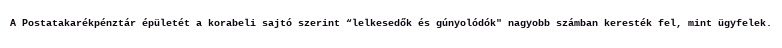
A Postatakarékpénztár épületét a korabeli sajtó szerint “lelkesedők és gúnyolódók" nagyobb számban keresték fel, mint ügyfelek.